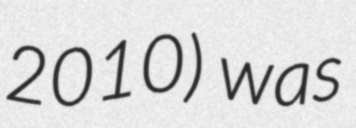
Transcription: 2010) was